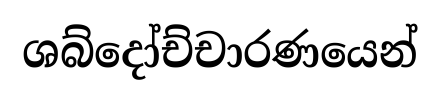
ශබ්දෝච්චාරණයෙන්